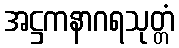
အဋ္ဌကနာဂရသုတ္တံ